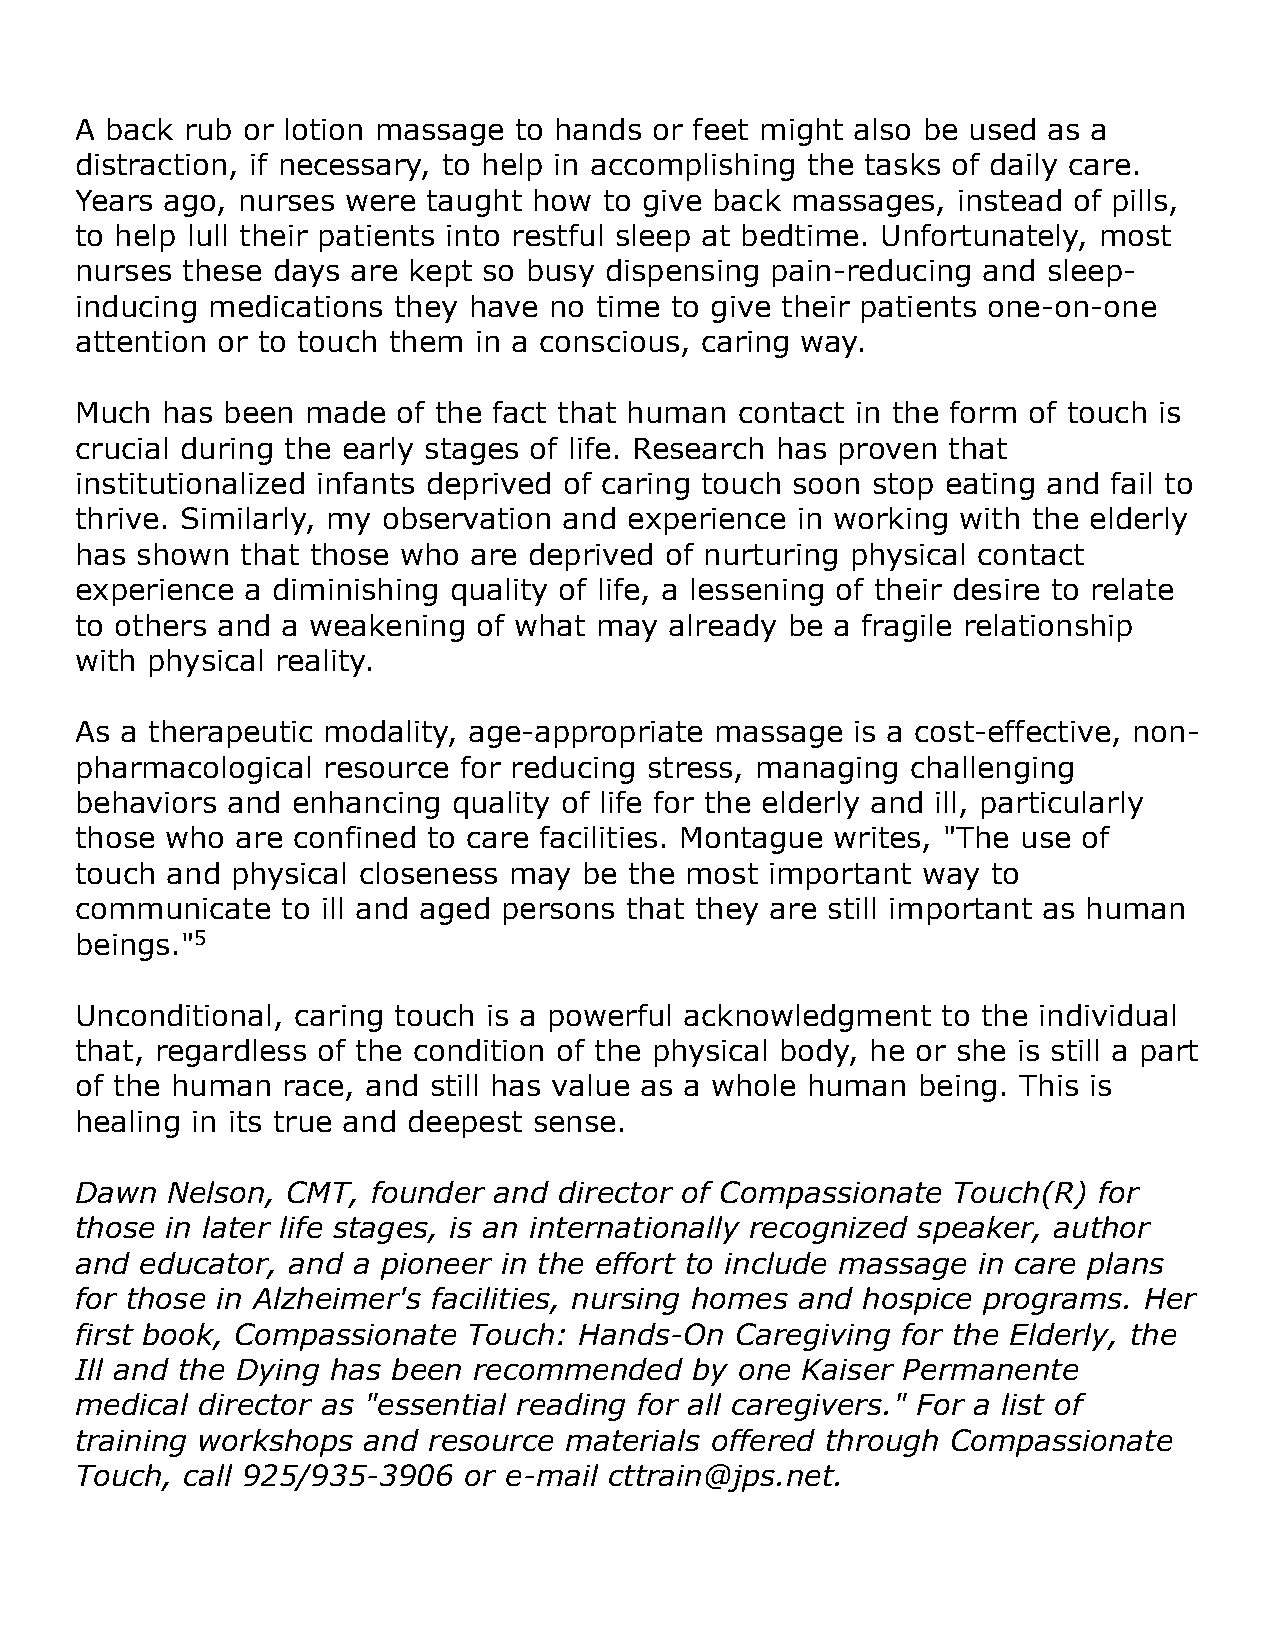
A back rub or lotion massage to hands or feet might also be used as a
 distraction, if necessary, to help in accomplishing the tasks of daily care.
 Years ago, nurses were taught how  to give back massages, instead of pills,
 to help lull their patients into restful sleep at bedtime. Unfortunately, most
 nurses these days are kept so busy dispensing pain-reducing and sleep-
 inducing medications they have no time to give their patients one-on-one
 attention or to touch them in a conscious, caring way.
 Much  has been made  of the fact that human contact in the form of touch is
 crucial during the early stages of life. Research has proven that
 institutionalized infants deprived of caring touch soon stop eating and fail to
 thrive. Similarly, my observation and experience in working with the elderly
 has shown  that those who are deprived of nurturing physical contact
 experience a diminishing quality of life, a lessening of their desire to relate
 to others and a weakening  of what may already be a fragile relationship
 with physical reality.
 As a therapeutic modality, age-appropriate massage is a cost-effective, non-
 pharmacological resource for reducing stress, managing challenging
 behaviors and enhancing  quality of life for the elderly and ill, particularly
 those who  are confined to care facilities. Montague writes, "The use of
 touch and physical closeness may  be the most important way  to
 communicate   to ill and aged persons that they are still important as human
 beings."5
 Unconditional, caring touch is a powerful acknowledgment to the individual
 that, regardless of the condition of the physical body, he or she is still a part
 of the human  race, and still has value as a whole human being. This is
 healing in its true and deepest sense.
 Dawn  Nelson, CMT,  founder and director of Compassionate Touch(R)  for
 those in later life stages, is an internationally recognized speaker, author
 and educator, and a pioneer in the effort to include massage in care plans
 for those in Alzheimer's facilities, nursing homes and hospice programs. Her
 first book, Compassionate Touch: Hands-On   Caregiving for the Elderly, the
 Ill and the Dying has been recommended   by one Kaiser Permanente
 medical director as "essential reading for all caregivers." For a list of
 training workshops and resource materials offered through Compassionate
 Touch, call 925/935-3906  or e-mail cttrain@jps.net.